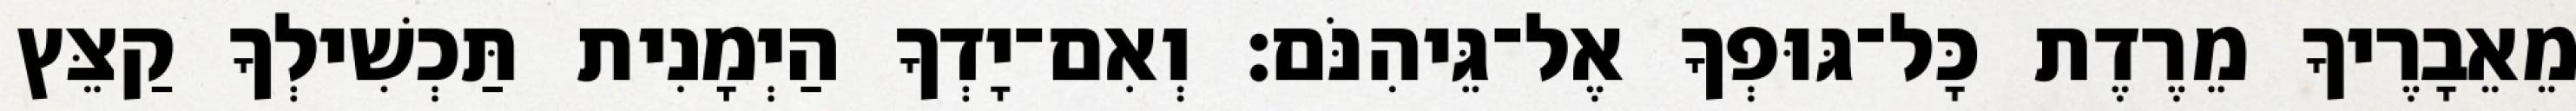
מֵאֵבָרֶיךָ מֵרֶדֶת כָּל־גּוּפְךָ אֶל־גֵּיהִנֹּם׃ וְאִם־יָדְךָ הַיְמָנִית תַּכְשִׁילְךָ קַצֵּץ